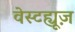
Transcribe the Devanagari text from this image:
वेस्टह्यूज़